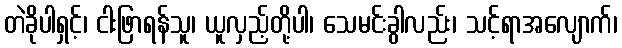
တဲခိုပါရှင့်၊ ငါးဖြာရန်သူ၊ ယူလှည့်တို့ပါ၊ သေမင်းခွါလည်း၊ သင့်ရာအလျောက်၊